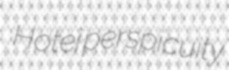
Hotei perspicuity